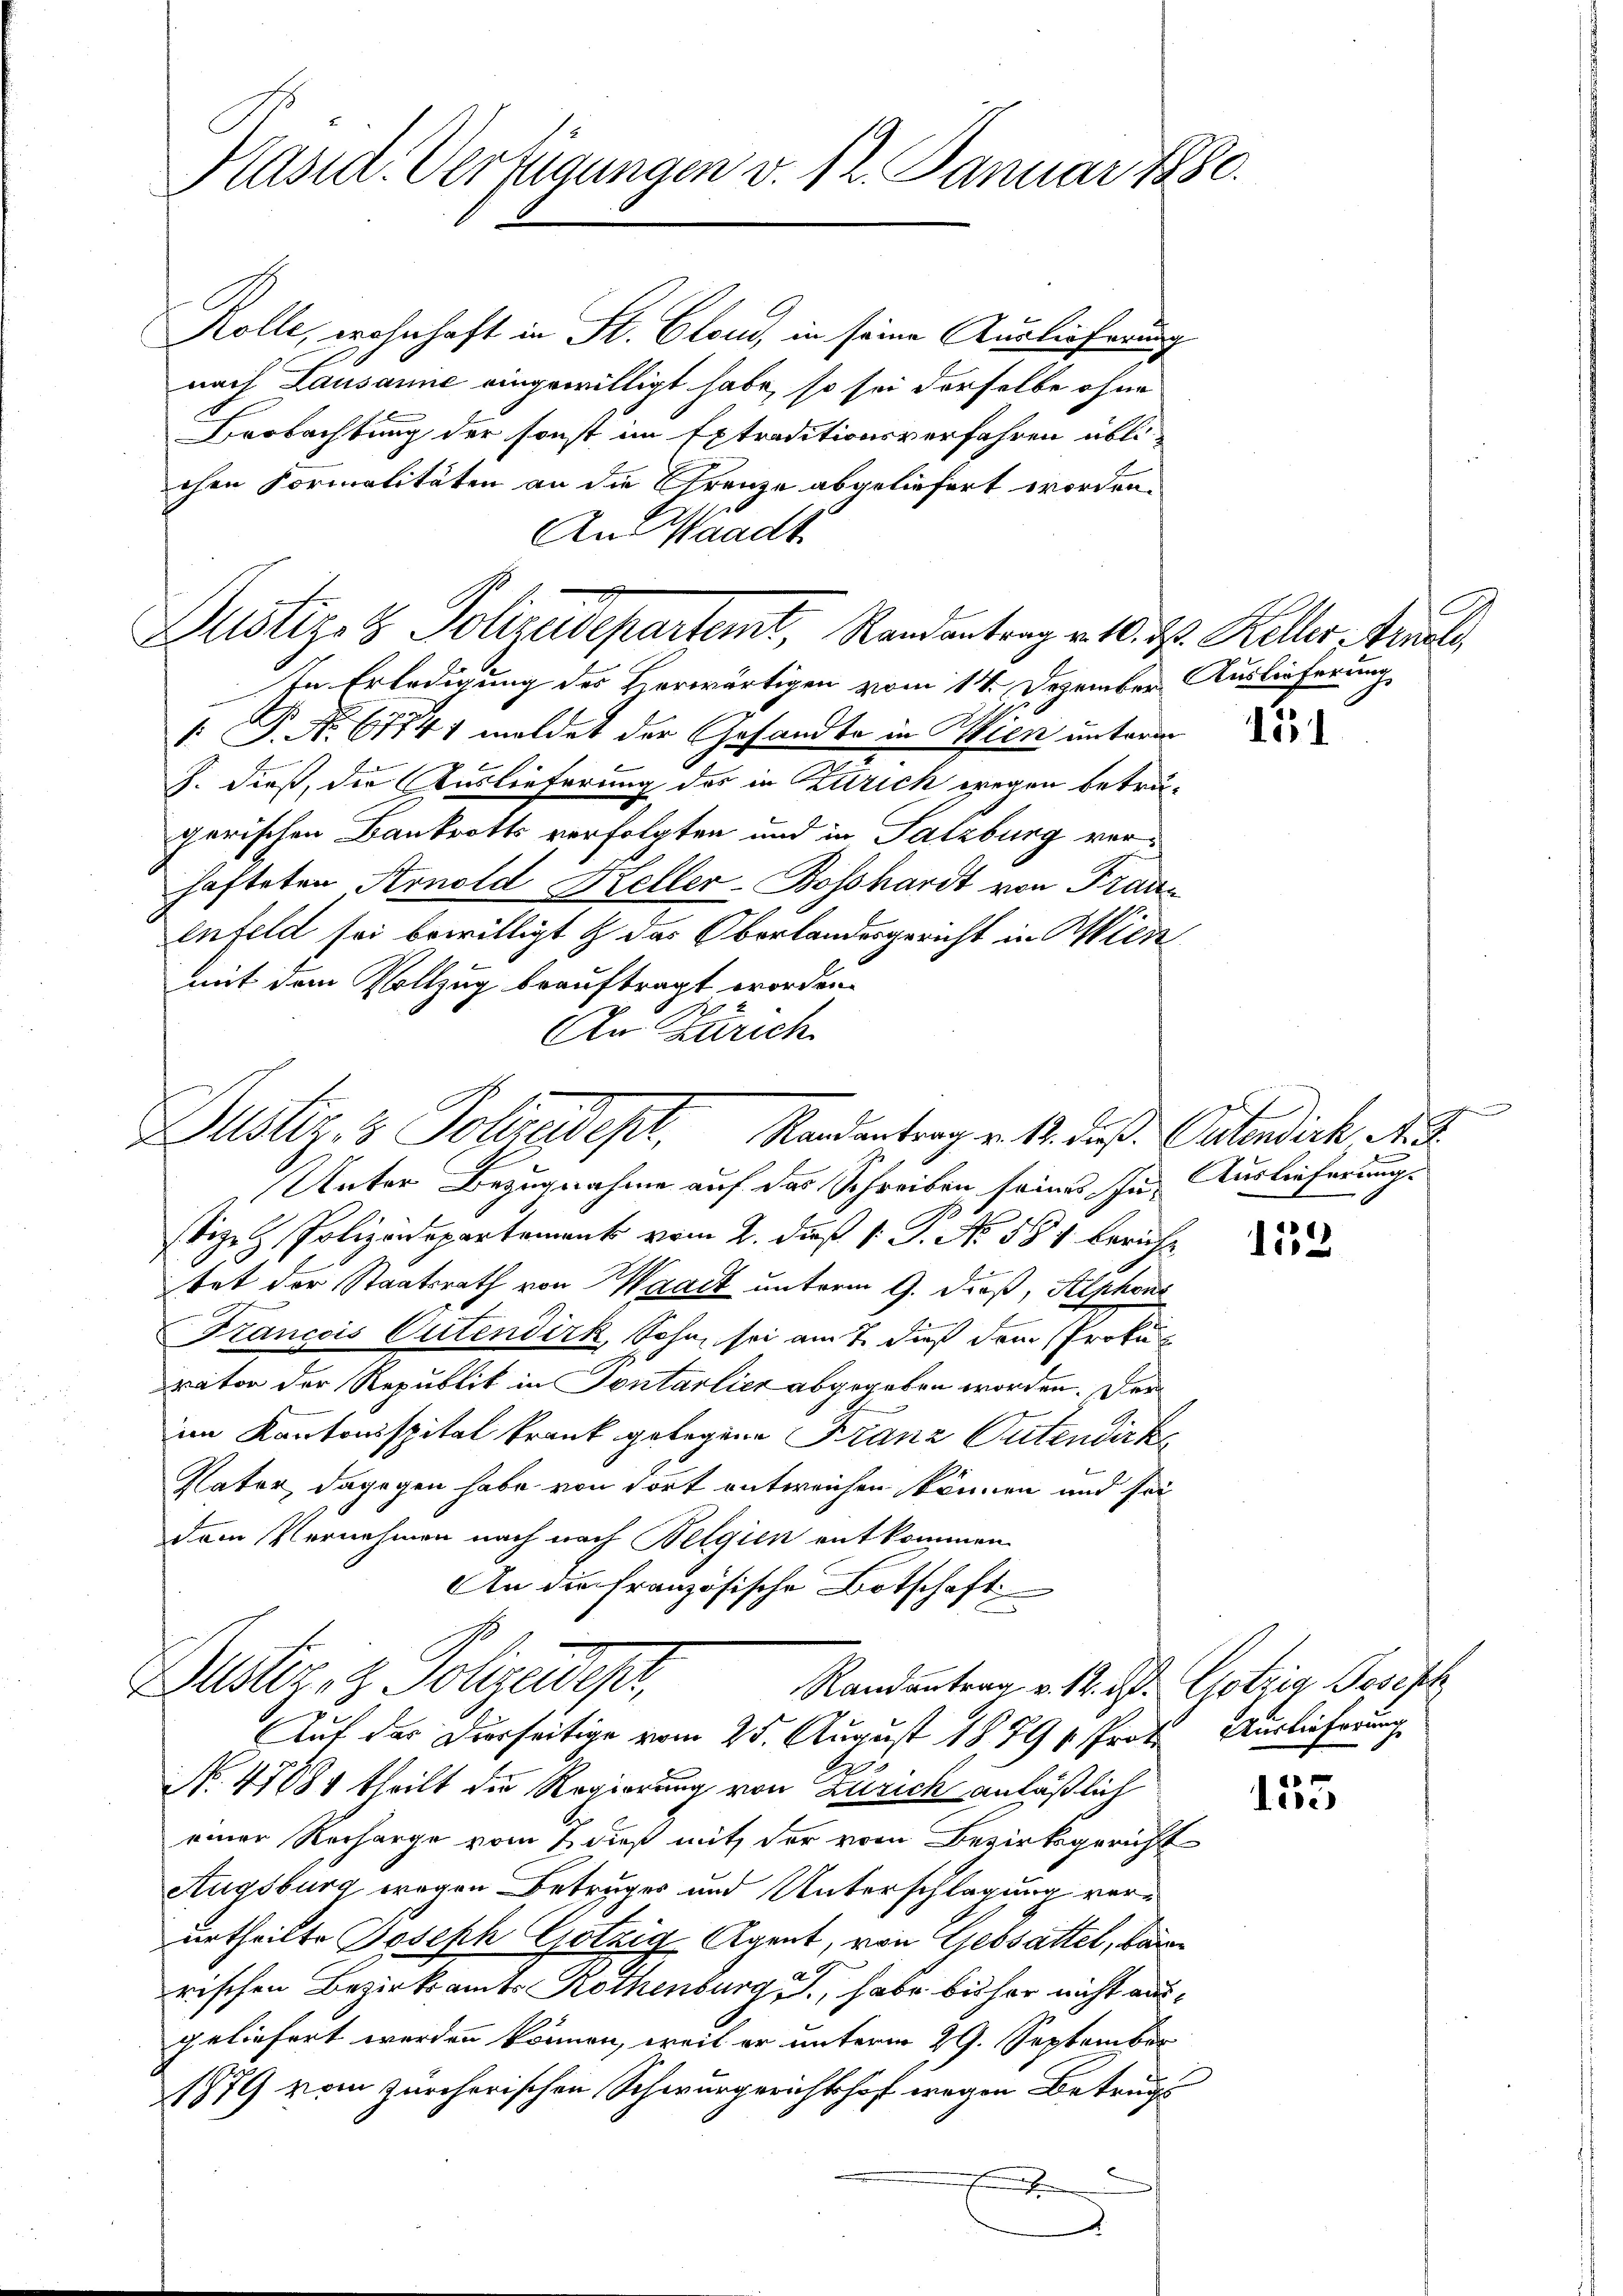
Päsid. Verfügungen v. 12. Januar 1880.

Rolle, wohnhaft in St. Clon, in seine Auslieferung
nach Lausanne eingewilligt habe, so sei derselbe ohne
Beobachtung der sonst im Extraditionsverfahren üblichen Formalitäten an die Grenze abgeliefert worden.
An Waadt
In Erledigung des Herwärtigen vom 14. Dezember Auslieferung
1: P. Nr. 67741 meldet der Gesandte in Wien unterm
J. dieß, die Auslieferung des in Zürich wegen betrugerischen Bankrotts verfolgten und in Salzburg verhafteten Arnold Keller-Boßhardt von Fran¬
Enfeld sei bewilligt & das Oberlandesgericht in Wien
mit dem Vollzug beauftragt worden.
2
An Zürich

Justiz- & Polizadepartemt, Randantrag v. 10. d. Keller, Arnels,

Justiz & Polizeidept. Randentrag v. 12. daß. Osterdick N

Justiz- & Polizeidep
Auf der Dierseitige vom 25. August 1879 v. Prot. Auslieferung

Unter Bezugnahme auf das Schreiben seines In Auslieferungs
stige Polizdepartement vom 2. daß 1. P. No. 584 beruht
tet der Staatsrath von Waadt unterm 9. dieß, Alphoni
Francois Gutendirk, Sohn sei am 7. dieß dem Prokurator der Republik in Sontarlier abgegeben worden. Der
im Kantonsspital krank gelegene Franz Outendirte
Vater, dagegen habe von dort entweichen können und sei
dem Vernehmen nach nach Belgien entkommen
An die französische Botschaft
Randantrag v. 12. d. Gotzig Besisch
2
No. 47881 theilt die Regierung von Zürich anläßlich
einer Recharge vom 1 dieß mit der vom Bezirksgericht
Augsburg wegen Betruges und Unterschlagung verurtheilte Joseph Götzig-Agent, von Gebsattel, bar
rischen Bezirksamts Rothenburg, habe bisher nicht ausgeliefert werden können, weil er unterm 29. September
1879 vom zürcherischen Schwurgerichtshof wegen Betrugs
.

151

e

152

un
155